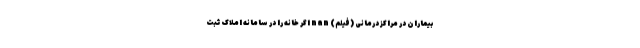
بیماران در مراکز درمانی (فیلم) nan اگر خانه را در سامانه املاک ثبت